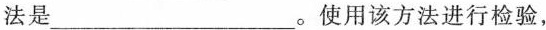
法是___。使用该方法进行检验，